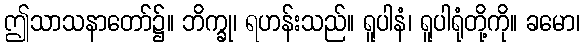
ဤသာသနာတော်၌။ ဘိက္ခု၊ ရဟန်းသည်။ ရူပါနံ၊ ရူပါရုံတို့ကို။ ခမော၊